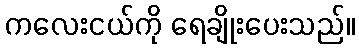
ကလေးငယ်ကို ရေချိုးပေးသည်။